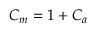
C _ { m } = 1 + C _ { a }